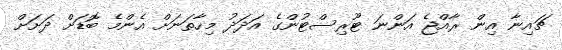
ޗައިނާ އިން ރާއްޖެ އަންނަ ޓޫރިސްޓުންގެ އަދަދު މިހާތަނަށް އެންމެ ބޮޑަށް ދަށަށް